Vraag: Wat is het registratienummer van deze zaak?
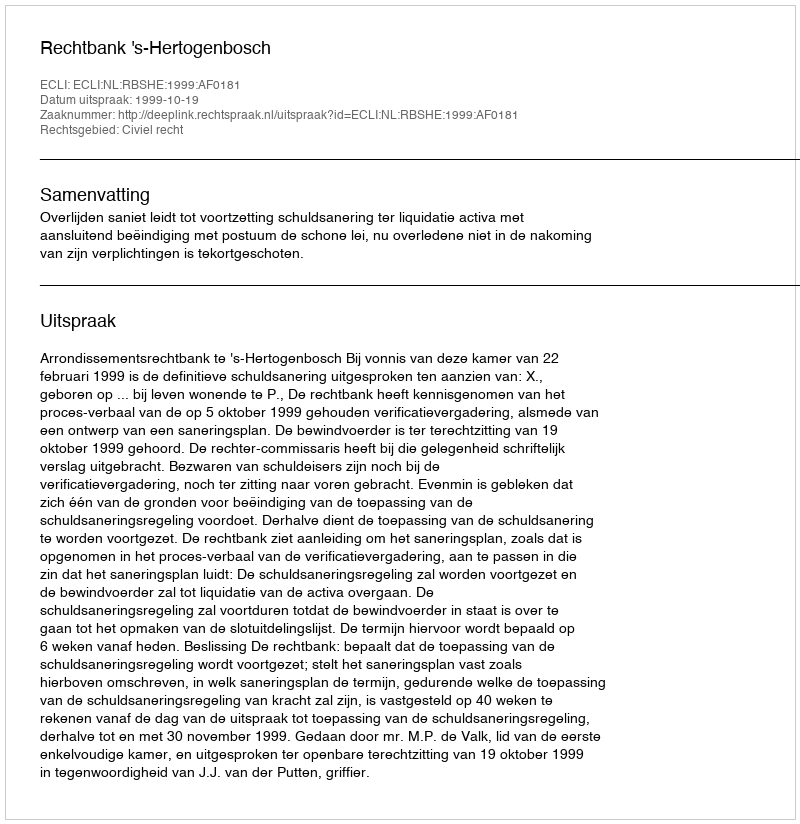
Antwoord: http://deeplink.rechtspraak.nl/uitspraak?id=ECLI:NL:RBSHE:1999:AF0181